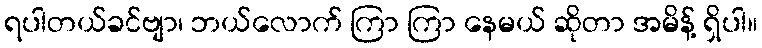
ရပါတယ်ခင်ဗျာ၊ ဘယ်လောက် ကြာ ကြာ နေမယ် ဆိုတာ အမိန့် ရှိပါ။